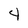
Character: 4